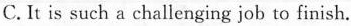
C. It is such a challenging job to finish.